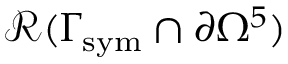
\mathcal { R } ( \Gamma _ { \mathrm { s y m } } \cap \partial \Omega ^ { 5 } )